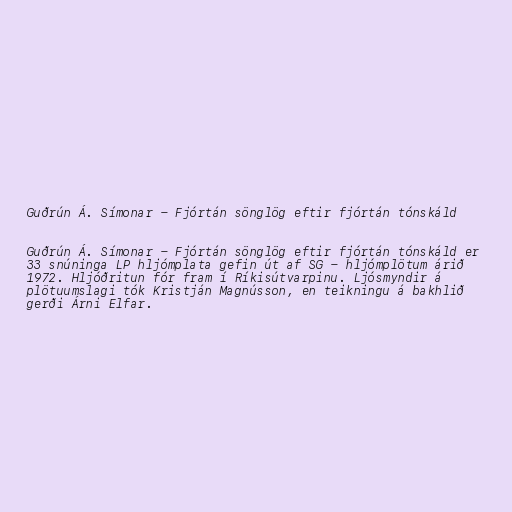
Guðrún Á. Símonar - Fjórtán sönglög eftir fjórtán tónskáld

Guðrún Á. Símonar - Fjórtán sönglög eftir fjórtán tónskáld er
33 snúninga LP hljómplata gefin út af SG - hljómplötum árið
1972. Hljóðritun fór fram í Ríkisútvarpinu. Ljósmyndir á
plötuumslagi tók Kristján Magnússon, en teikningu á bakhlið
gerði Árni Elfar.